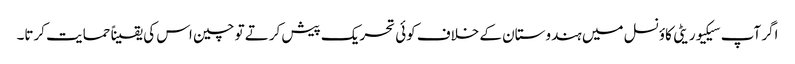
اگر آپ سیکیوریٹی کاؤنسل میں ہندوستان کے خلاف کوئی تحریک پیش کرتے تو چین اس کی یقیناً حمایت کرتا۔